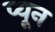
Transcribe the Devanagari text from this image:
प्यून